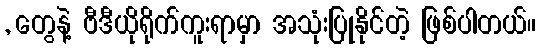
, တွေနဲ့ ဗီဒီယိုရိုက်ကူးရာမှာ အသုံးပြုနိုင်တဲ့ ဖြစ်ပါတယ်။